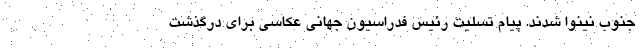
جنوب نینوا شدند. پیام تسلیت رئیس فدراسیون جهانی عکاسی برای درگذشت